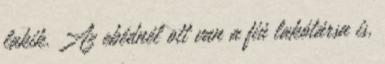
lakik. Az ebédnél ott van a fiú lakótársa is,